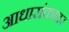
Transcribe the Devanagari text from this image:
आधारांकावर